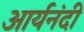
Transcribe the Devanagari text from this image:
आर्यनंदी